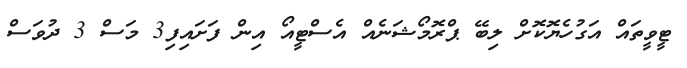
ޓީވީތައް އަގުހެޔޮކޮށް ލިބޭ ޕްރޮމޯޝަނެއް އެސްޓީއޯ އިން ފަށައިފި3 މަސް 3 ދުވަސް